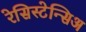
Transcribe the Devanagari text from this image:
रेसिस्टेन्सिअ